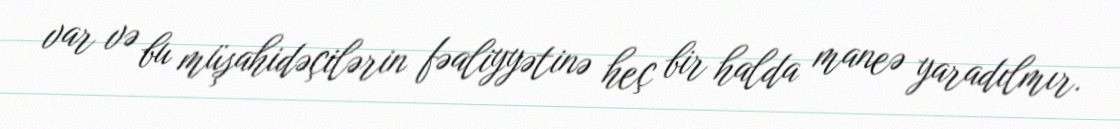
var və bu müşahidəçilərin fəaliyyətinə heç bir halda maneə yaradılmır.